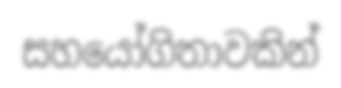
සහයෝගිතාවකින්